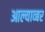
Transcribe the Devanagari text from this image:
आल्याव्बर